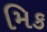
મિક